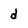
Character: d